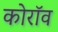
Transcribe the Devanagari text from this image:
कोरॉव